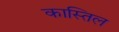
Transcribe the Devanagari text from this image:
कास्तिल